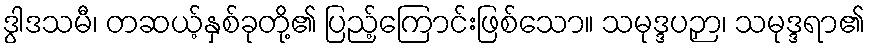
ဒွါဒသမီ၊ တဆယ့်နှစ်ခုတို့၏ ပြည့်ကြောင်းဖြစ်သော။ သမုဒ္ဒပဉှာ၊ သမုဒ္ဒရာ၏